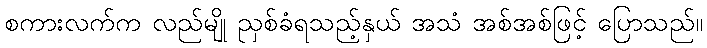
စကားလက်က လည်မျို ညှစ်ခံရသည့်နှယ် အသံ အစ်အစ်ဖြင့် ပြောသည်။